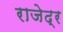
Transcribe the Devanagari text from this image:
राजेद्र